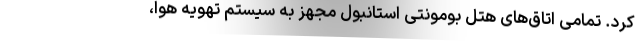
کرد. تمامی اتاق‌های هتل بومونتی استانبول مجهز به سیستم تهویه هوا،